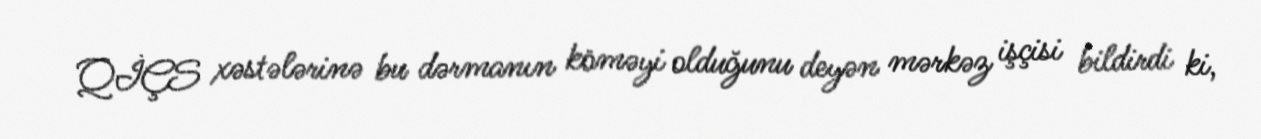
QİÇS xəstələrinə bu dərmanın köməyi olduğunu deyən mərkəz işçisi bildirdi ki,